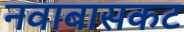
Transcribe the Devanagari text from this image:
नवाबासकट